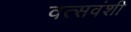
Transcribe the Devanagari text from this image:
वत्सवंशी